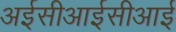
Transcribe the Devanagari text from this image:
अईसीआईसीआई